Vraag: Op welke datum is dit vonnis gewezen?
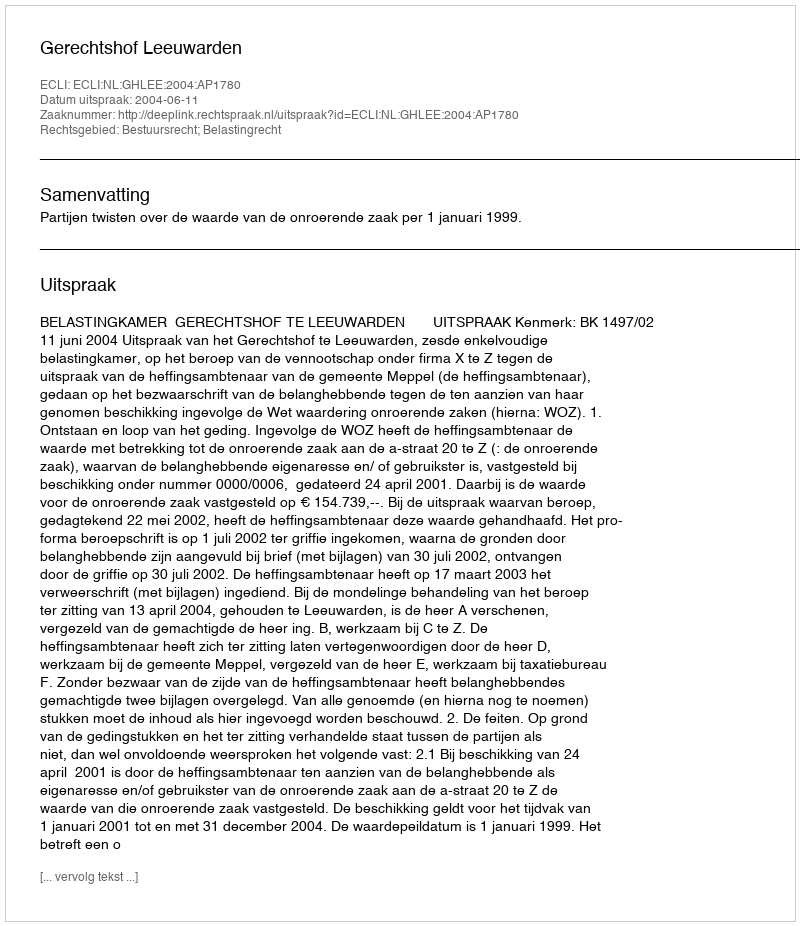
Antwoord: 2004-06-11